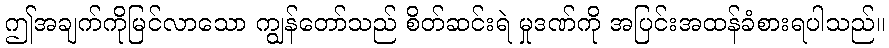
ဤအချက်ကိုမြင်လာသော ကျွန်တော်သည် စိတ်ဆင်းရဲ မှုဒဏ်ကို အပြင်းအထန်ခံစားရပါသည်။